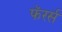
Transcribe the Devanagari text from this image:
फॅरर्स